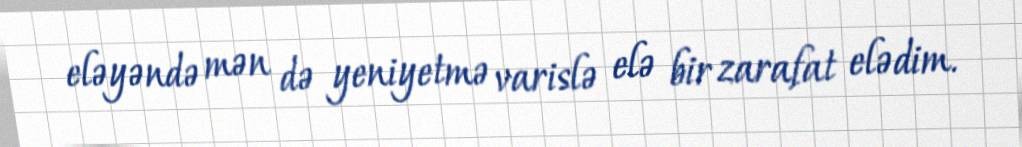
eləyəndə mən də yeniyetmə varislə elə bir zarafat elədim.